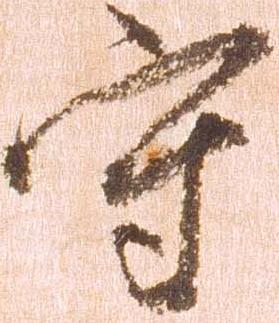
守